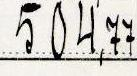
504,77